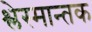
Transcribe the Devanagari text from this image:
श्लेस्मान्तक